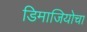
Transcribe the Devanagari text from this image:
डिमाजियोचा